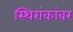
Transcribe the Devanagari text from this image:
स्थिरांकांवर